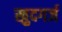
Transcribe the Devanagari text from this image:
खुदगर्ज